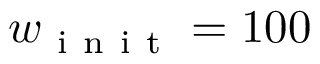
w _ { \mathrm { ~ i ~ n ~ i ~ t ~ } } = 1 0 0